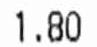
1.80